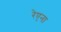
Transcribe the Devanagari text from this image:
रेएना